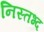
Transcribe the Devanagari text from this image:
निस्तभ्द